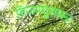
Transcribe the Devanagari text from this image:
विजाणूशास्त्र